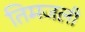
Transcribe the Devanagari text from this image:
तिमजली